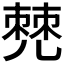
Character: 𠒧